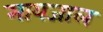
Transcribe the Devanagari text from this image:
मायजाल